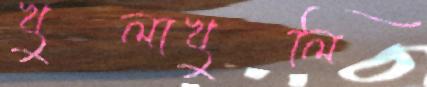
খুলাখুলি